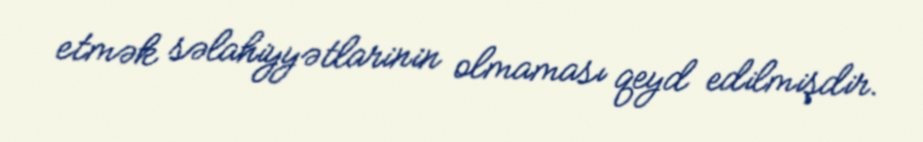
etmək səlahiyyətlarinin olmaması qeyd edilmişdir.